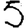
Digit: 5